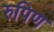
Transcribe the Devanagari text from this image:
रुपिण